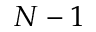
N - 1